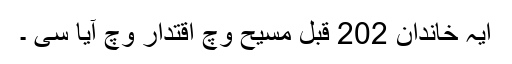
ایہ خاندان 202 قبل مسیح وچ اقتدار وچ آیا سی ۔